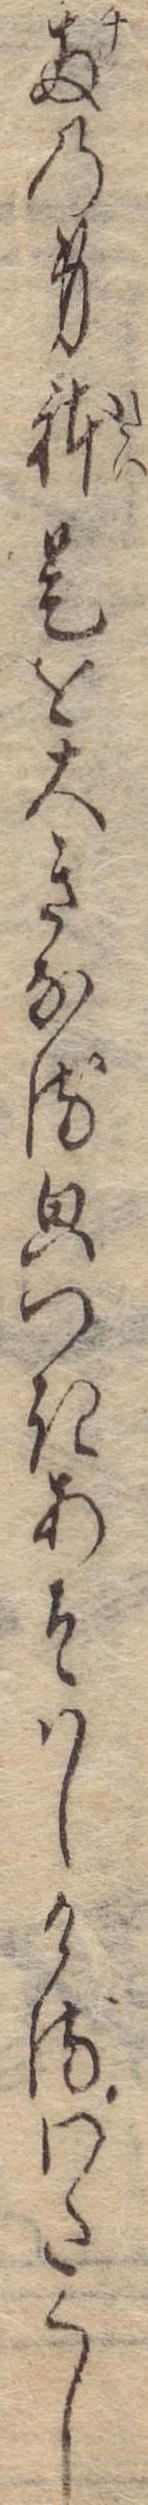
千両の身体是を大きなる貌つきあそはしけるわたくし